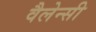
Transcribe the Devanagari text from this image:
वैलेन्सी